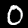
Label: 0